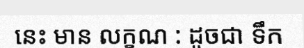
នេះ មាន លក្ខណ : ដូចជា ទឹក